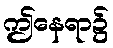
ဤနေရာ၌